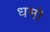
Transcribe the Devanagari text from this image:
धमो